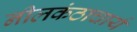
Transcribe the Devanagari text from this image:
नीलकंठाचार्य